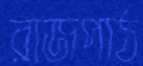
রাজপাঠ